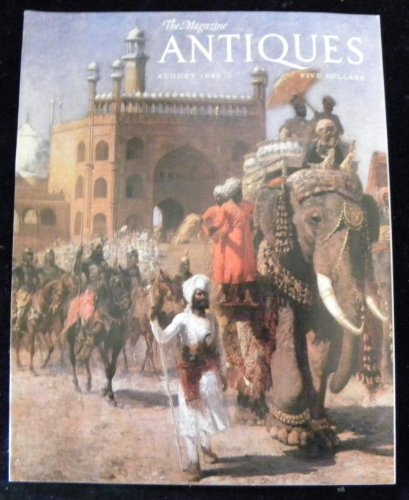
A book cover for The Magazine Antiques August 1985; multiple; Crafts, Hobbies & Home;